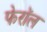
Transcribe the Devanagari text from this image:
फेरॉल